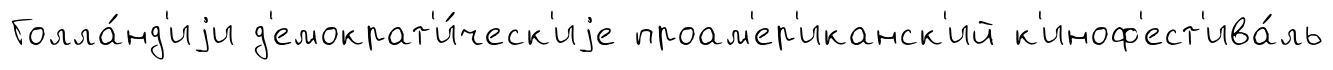
Голла́нд'иjи д'емократ'и́ческ'иjе проам'ер'иканск'ий к'иноф'ест'ива́ль